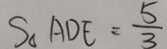
S _ { \Delta } A D E = \frac { 5 } { 3 }